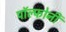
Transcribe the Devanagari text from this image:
पॉल्फोनी